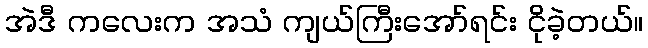
အဲဒီ ကလေးက အသံ ကျယ်ကြီးအော်ရင်း ငိုခဲ့တယ်။